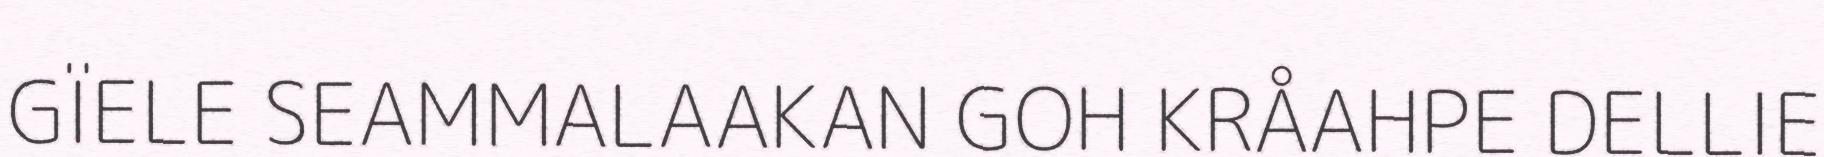
GÏELE SEAMMALAAKAN GOH KRÅAHPE DELLIE